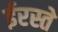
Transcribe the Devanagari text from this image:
ईरस्ते